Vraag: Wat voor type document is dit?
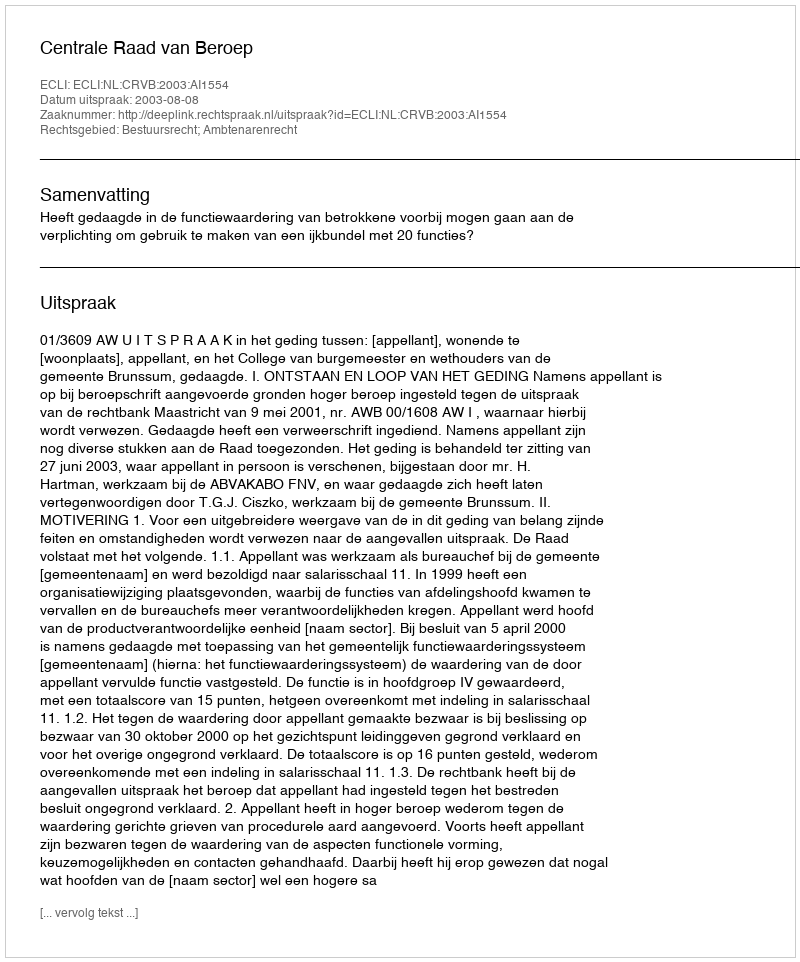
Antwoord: Uitspraak